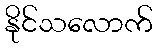
နိုင်သလောက်